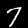
Label: 7